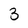
Character: 3